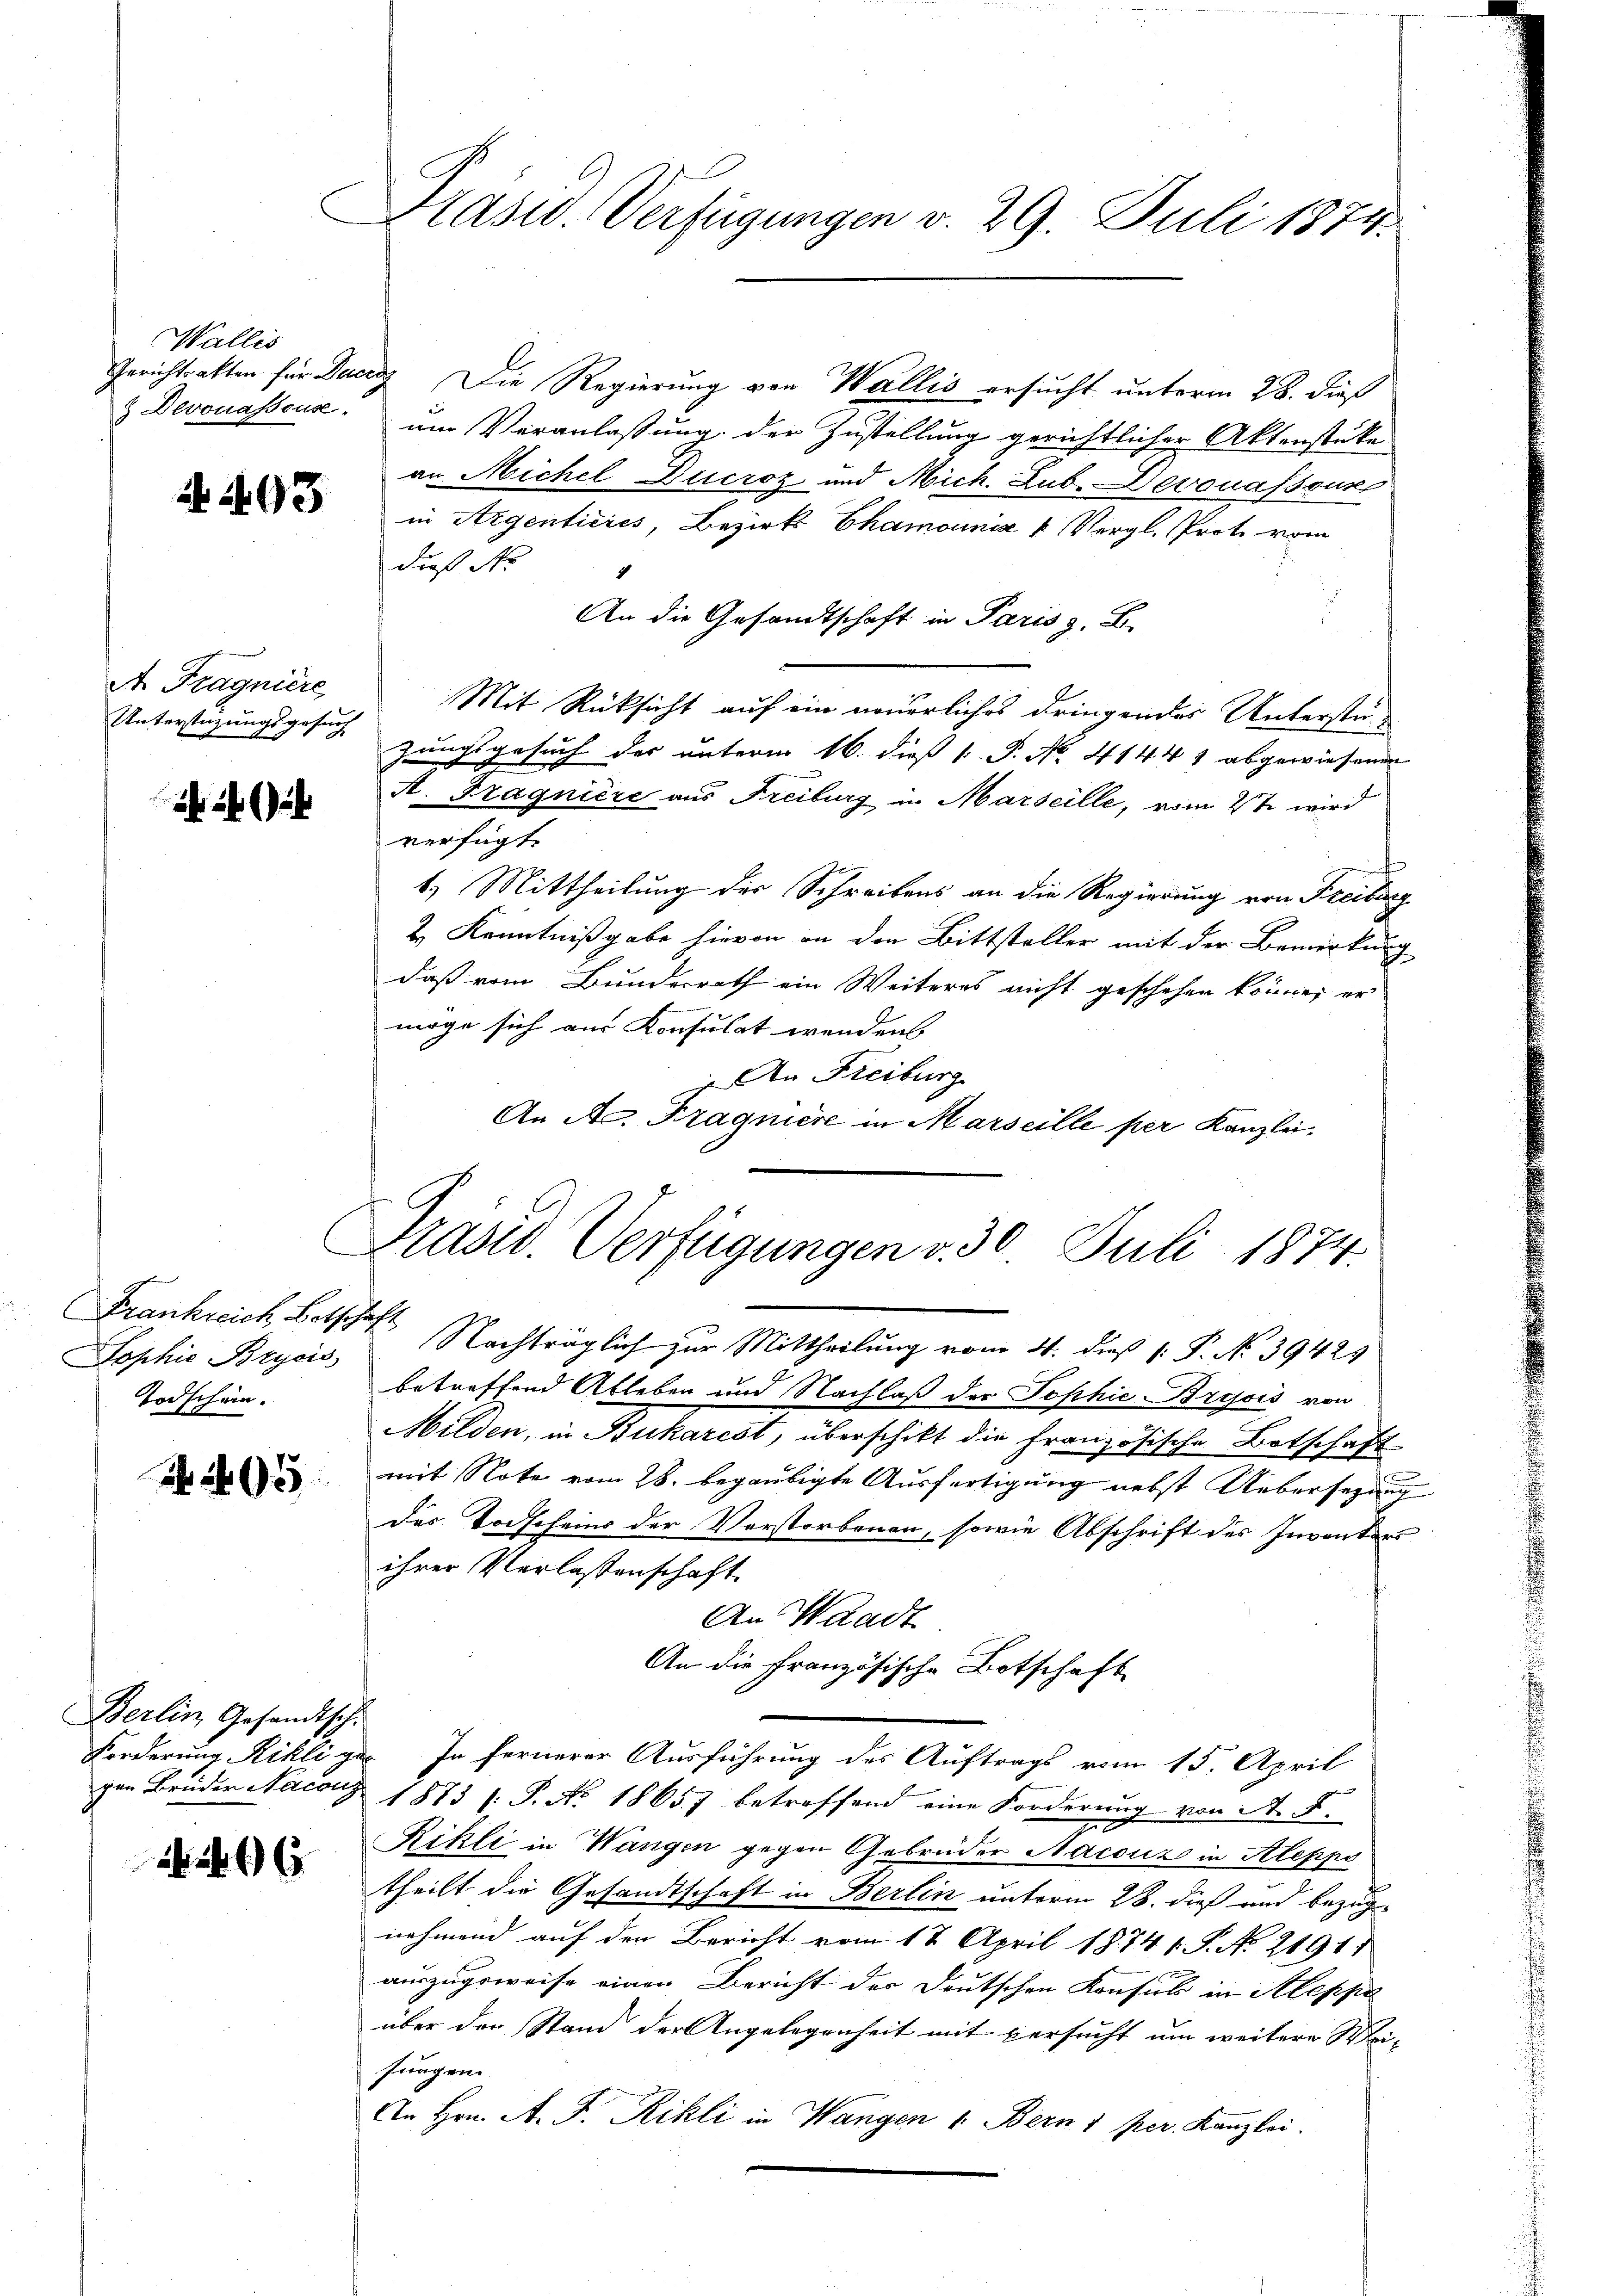
Wallis

A 293

A. Tragniere
Unterstüzungsgesuch

2

Sophie Brycis
Todschein.

205

Berlin, Gesandtsch.

e

Präsid. Verfügungen v. 29. Juli 1884.

Gerichtratten für Ducriz Die Regierung von Wallis ersucht unterm 28. dieß
& Devouassous um Veranlassung der Zustellung gerichtlicher Aktenstüke
an Michel Ducroz und Mich. Zub. Devonassous
in Argenticiés, Bezirk Chamounis k Vergl. Proto vom
dieß Nr
h
An die Gesandtschaft in Paris z. B.
Mit Rücksicht auf ein neuerliches dringendes Unterstä
zungsgesuch der unterm 16. dieß P. P. No. 41441 abgewiesenen
A. Fragnière aus Freiburg in Marseille, vom 2te wird
verfügt:
1.) Mittheilung der Schreibens an die Regierung von Freiburg
2. Kenntnißgabe hievon an den Bittsteller mit der Bemerkung
daß vom Bundesrath ein Weiteres nicht geschehen könne, er
möge sich aus Konsulat wendens
An Freiburg
An A. Fragniere in Marseille per Kanzlei.
Frankreich Botschaft Nachträglich zur Mittheilung vom 4. dieß P. P. No 39425
betreffend Ableben und Nachlaß der Sophie Brosis von
Milden, in Bukarest, überschikt die Französische Botschaft
x
mit Note vom 28. begaubigte Ausfertigung nebst Uebersezung
das Todscheins der Verstorbenen, sowie Abschrift des Inventars
ihrer Verlassenschaft.
An Waadt
An die Französische Botschaft
Forderung Kihlige. In fernerer Ausführung des Auftrags vom 15. April
gen Brüder Maco 1873 s. S. No. 18657 betreffend eine Forderung von A. F.
Rikli in Wangen gegen Gebrüder Nacouz in Aleppo
theilt die Gesandtschaft in Berlin unterm 28. dieß und bezugnehmend auf den Bericht vom 12. April 18741. S. No. 21911
auszugeweise einen Bericht der Deutschen Konsul in Aleppe
über der Stand der Angelegenheit mit versucht um weitere Mei-
Jungen
An Hrn. A. F. Rikli in Wangen 1. Bern 1 per. Kanzlei.

Präsid. Verfügungen v. 30. Juli 1874.